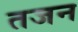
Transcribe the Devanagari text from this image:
तजन